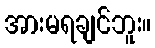
အားမရချင်ဘူး။